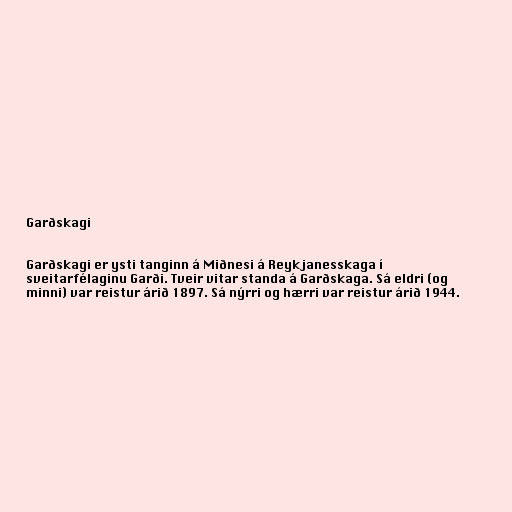
Garðskagi

Garðskagi er ysti tanginn á Miðnesi á Reykjanesskaga í
sveitarfélaginu Garði. Tveir vitar standa á Garðskaga. Sá eldri (og
minni) var reistur árið 1897. Sá nýrri og hærri var reistur árið 1944.